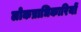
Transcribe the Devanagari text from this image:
लोकप्राधिकारियों